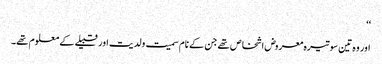
‘‘
اور وہ تین سو تیرہ معروض اشخاص تھے جن کے نام سمیت ولدیت اور قبیلے کے معلوم تھے۔